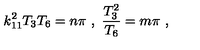
k _ { 1 1 } ^ { 2 } T _ { 3 } T _ { 6 } = n \pi \ , \ { \frac { T _ { 3 } ^ { 2 } } { T _ { 6 } } } = m \pi \ ,